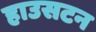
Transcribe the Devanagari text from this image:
हाउसटन